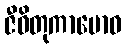
ဇီဝိတုကာမောဝ